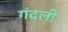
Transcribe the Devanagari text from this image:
गंदली